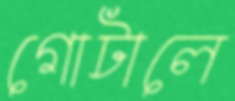
গোটালে